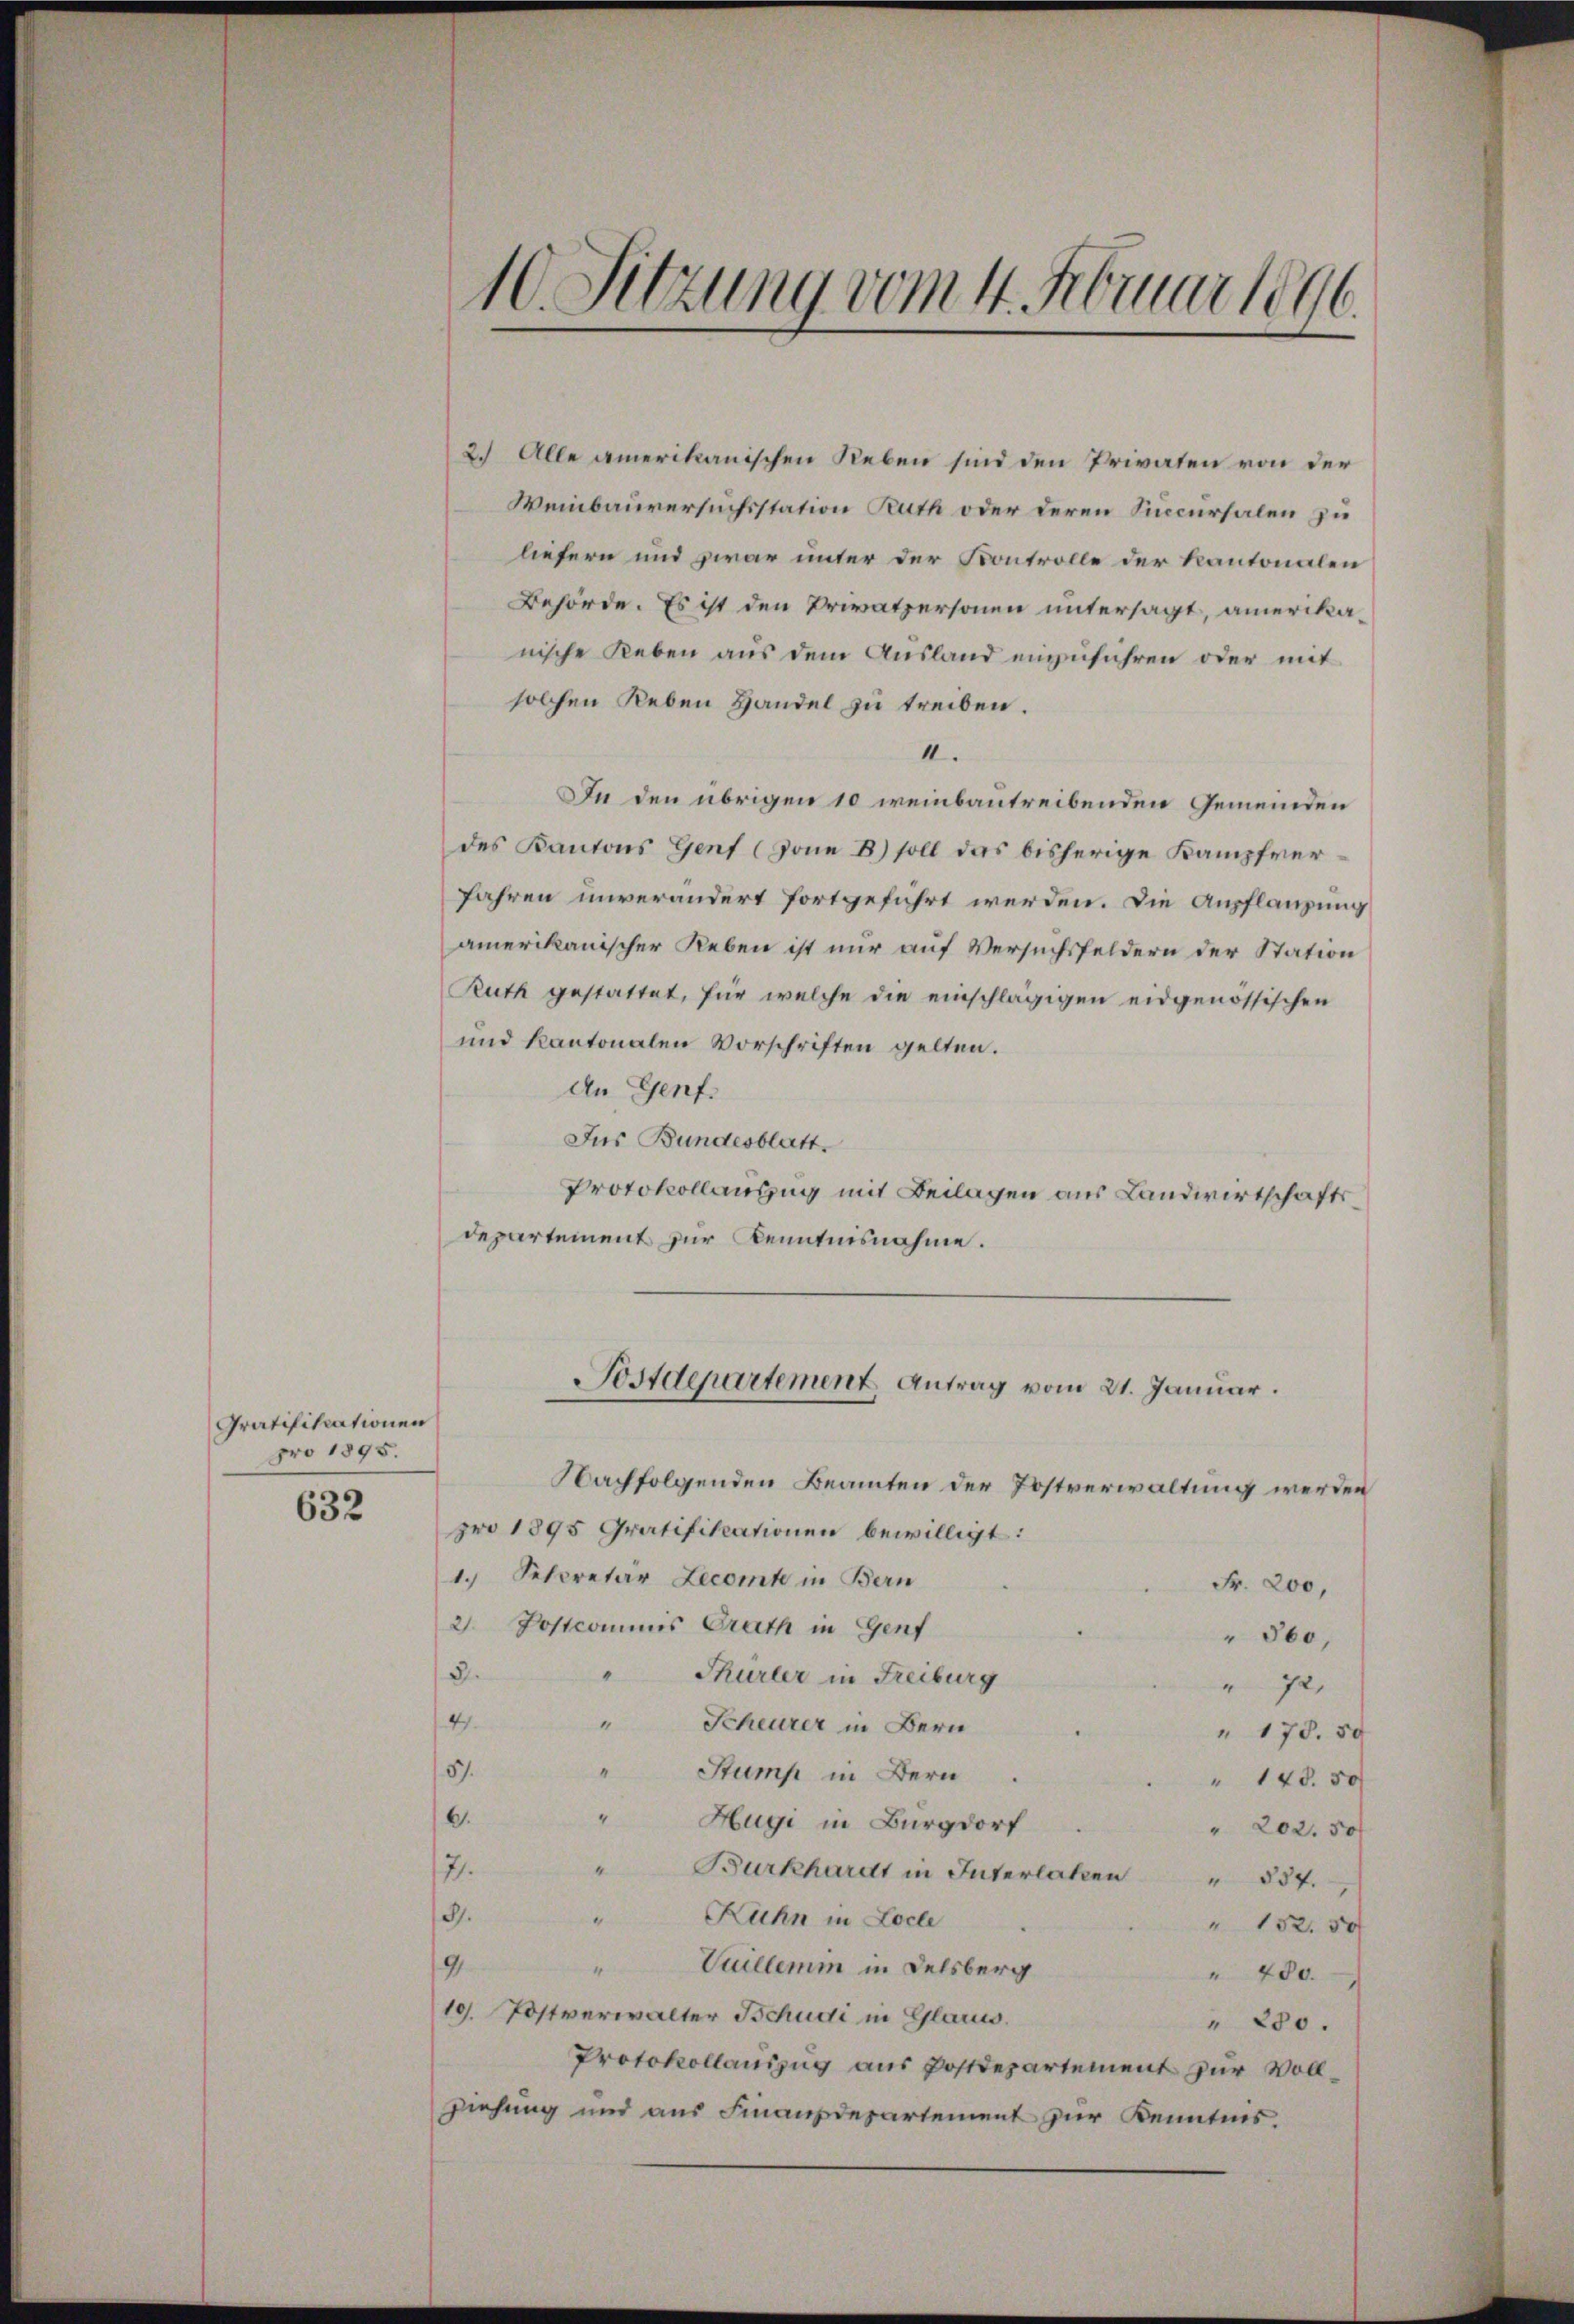
Gratifikationen
pro 1895.
632

2.) Alle amerikanischen Reben sind den Privaten von der
Weinbauversuchsstation Ruth oder deren Sincursalen zu
liefern und zwar unter der Kontrolle der Kantonalen
Behörde. Es ist den Privatpersonen untersagt, amerikanische Leben aus dem Ausland einzuführen oder mit
solchen Reben Handel zu treiben.
4.
In den übrigen 10 weinbautreibenden Gemeinden
des Kantons Genf (Zone B) soll das bisherige Kampfver¬
Jahren unverändert fortgeführt werden. Die Anpflanzung
amerikanischer Reben ist nur auf Versuchsfeldern der Station
Ruth gestattet, für welche die einschlägigen eidgenössischen
und kantonalen Vorschriften gelten.
An Genf.
Jus Bundesblatt.
Protokollauszug mit Beilagen aus Landwirtschaftsdepartement zur Kenntnisnahme.
Sostdepartement Antrag vom 21. Januar.
Nachfolgenden Beamten der Postverwaltung werden
pro 1895 Gratifikationen bewilligt:
1. Secretär Lecomt in Bern
Fr. 200,
2 Postcommis Prath in Genf
" 360,
3.
Thürler in Freiburg
 72,
4.
Scheurer in Bern
“
" 178. 50
“
57.
Stump in Bern
" 148. 50
4
.
Hugi in Burgdorf
" 202. 50f
“
17.
Burkhardt in Interlaken " 834.
3.
Kuhn in Loche
n
" 152. 50
"Vuillemin in Delsberg
9
" 400.
10. Postverwalter Schudi in Glarus.
" 280.
Protokollauszug aus Postdepartement zur Voll¬
Ziehung und aus Finanzdepartement zur Kenntnis.

10. Sitzung vom 4. Februar 1896.